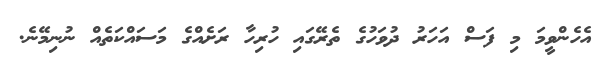
އެހެންވީމަ މި ފަސް އަހަރު ދުވަހުގެ ތެރޭގައި ހުރިހާ ރަށެއްގެ މަސައްކަތެއް ނުނިމޭނެ.